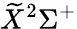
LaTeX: \widetilde{X}^{2}\Sigma^{+}